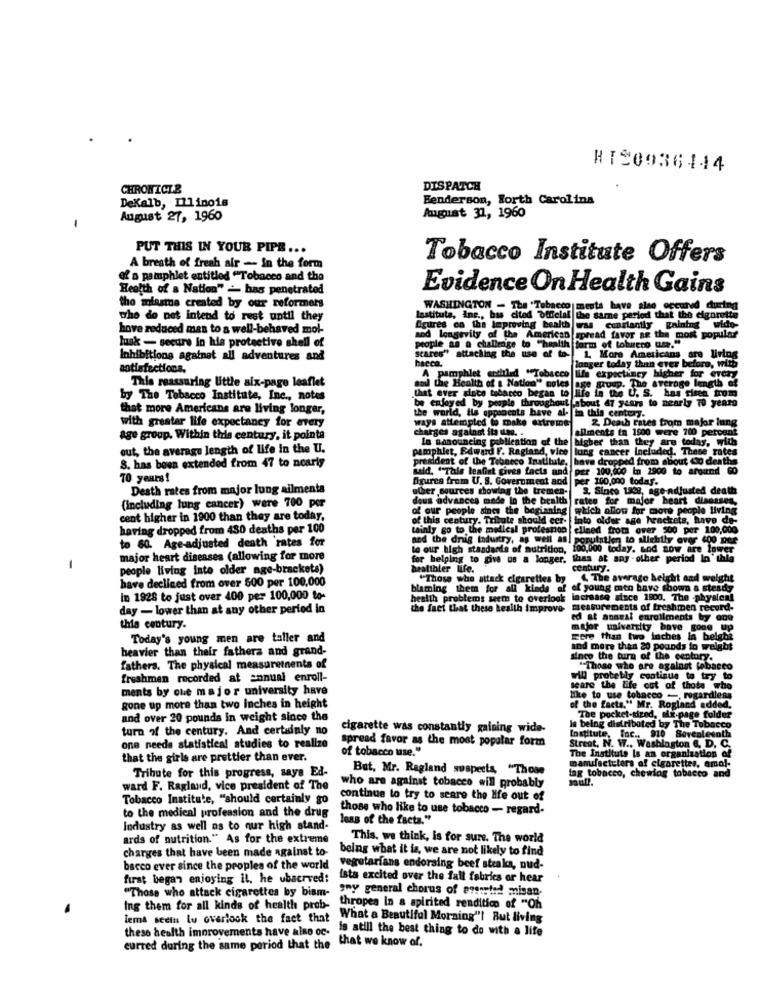
HIS0936144
CHRONICTS
DISPATCH
DeKalb, Illinois
Henderson, North Carolina
August 27, 1960
August 31, 1960
PUT THIS IN YOUR PIPE ...
Tobacco Institute Offers
A breath of fresh air - In the form
of a pamphlet entitled "Tobacco and the
Health of a Nation" - has penetrated
Evidence On Health Gains
tho miasma created by our reformers
WASHINGTON - The "Tabacco mesta have also occutud during
who do net intend to rest until they
lastitula, Inc ., bas cited official the same period that the cigarette
hove reduced man to a well-behaved mol-
Algures ca the leproving health was constantly gaining wide-
lunk - secure in his protective shell of
and longevity of the American spread favor ne the most popular
people as o challrage to "health form of tobrero um."
scares" attacking the use of to- 1. More Americans are living
Inhibitiong againat all adventures and
bacca.
1, More Americans are living
satisfections.
longer today than ever before, with
A pamphlet entitled "Tobacco life expectancy higher for every
P. The average length of
This reassuring Uttle aix-pago leaflet
and the Health of a Nation" coles
by The Tobacco Institute, Inc ., notes
that ever since tabacco began to life in the U. S. has risen trom
enjoyed by people throughout about 47 years to nearly To yearo
that more Americans are living longer,
Dents bave al- in this century.
with greatar life expectancy for every
ways attempted to make extreme
2. Death rates from major lung
charges against its une. .
ailments in 1900 were 700 percent
Age group. Within this century, it pointa
In announcing publication of the
today, with
out, the average length of life in the U.
higher than they are
lung cancer Included. These rates
8. has been extended from 47 to nearly
president of the Tebneco Institute,
have dropped from about to deaths
Bald. "This leaflet gives facts and
per 100.000 in 1900 to around 60
70 years !
figures from U. S. Government and
per 100.000 today.
Desth rates from major lung ailments
other sources showing the tremen
3, Since 1848, age-adjusted death
(including lung cancer) were 700 por
deus advances made In the health
rates for major beart diseases,
ople sines the beginning which allow for more people living
cent higher in 1900 than they are today.
of this century. Tribute should cer- into older age hrackets, have de-
having dropped from 480 deaths per 100
tainly go to the medical profespon clined from over 500 per 100,000
to 60. Age-adjusted death rates for
and the dnig industry.
stry, as well as
Population to allebily over 400 per
to our high standards of nutrition,
100,000 today. wod now are lower
major heart diseases (allowing for more
for helping to give us a longer, thas at any other period In this
-
people living inte older age-brackets)
healthler life.
century.
have declined from over 500 per 100,000
"Those who attack cigarettes by
4. The average height and weight
blaming them for all kinds of of young men have shown a steady
in 1928 to just over 400 per 100,000 to-
health problems seem to overlook
health problems seem to overlook lacrease since 1800. The -physical
day - lower than at any other period in
the fact that these health improve-
the fact that these health improve measurements of freshmen record-
ed at annesi enrollments by one
this century.
major university bove gone up
Today's young men are taller and
Ewe than two lucbes la belghe
heavier than their fathers and grand-
and more than 20 pounds lo weight
since the tura of the century.
fathers. The physical measuretnents of
"Those who are against tobacco
freshmen recorded at annual enroll-
will probably continue to try to
ments by che major university have
seare the life out of those who
like to use tobacco -, regardless
gone up more than two Inches in height
of the facts." Mr. Rogland added.
and over 20 pounds in weight since the
cket-sized, aix-page folder
turn of the century. And certainly no
cigarette was constantly gaining wide-
Institute, Inc ., 910 Seventeenth
is being distributed by The Tobacco
spread favor as the most popular form
one needs statistical studies to realize
of tobacco use."
Street, N. W .. Washington &, D. C.
that the girls are prettier than ever.
manufactuters of cigarettes, emal-
The Institute Is an organization of
But, Mr. Ragland suspects, "Those
tag tobacco, chewing tobacco and
Tribute for this progress, says Ed-
ward F. Ragland, vice president of The
who are against tobacco will probably
Tobacco Institute, "should certainly go
continue to try to scare the life out of
those who like to use tobacco - regard-
to the medical profession and the drug
leas of the facta."
Industry as well as to nur high stand-
ards of nutrition." As for the extreme
This, we think, is for sure. The world
charges that have been made against to-
being what it is, we are not likely to find
bacco ever since the peoples of the world
vegetarians endorsing beef steaka, nud-
first began enjoying il, he ubscrved:
ista excited over the fall fabrics or hear
"Those who attack cigarettes by biam- "WY general chorus of estarted misan-
ing them for all kinds of health prob-
thropes In a spirited rendition of "Oh
lems seein lu overlook the fact that
What a Beautiful Morning"! But living
these health improvements have also oc-
is atill the best thing to do with a life
eurred during the same period that the that we know of.